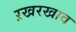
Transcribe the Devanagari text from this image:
ऱखरखाव